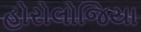
હોરોલોજિયા